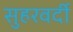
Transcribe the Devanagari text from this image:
सुहरवर्दी